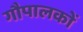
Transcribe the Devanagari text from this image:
गौपालकों